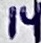
Text: 14